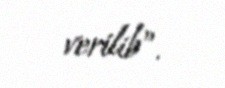
verilib”.